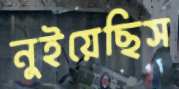
নুইয়েছিস